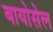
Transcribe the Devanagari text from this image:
बायोसेल